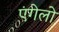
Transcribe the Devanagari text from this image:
एंगेलो